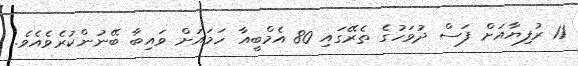
11 ރުފިޔާއަށް ފަސް ދުވަހުގެ ތެރޭގައި 80 އެމްބީއާ ހަމައަށް ވައިބާ ބޭނުންކުރެވެއެވެ.